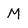
Character: M